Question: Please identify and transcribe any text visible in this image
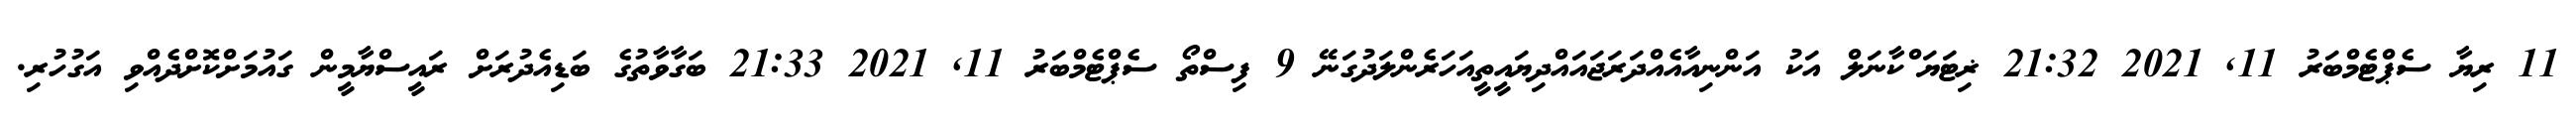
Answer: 11 ރިޔާ ސެޕްޓެމްބަރު 11, 2021 21:32 ޜިޓަޔަޱްކާނަލް އަކު އަންނިއާއެއްދަރަޖައައްދިޔައީތީއަހަރެންލަދުގަނޭ 9 ފިސްތޯ ސެޕްޓެމްބަރު 11, 2021 21:33 ބަގާވާތުގެ ބަޑިއެދުރަށް ރައީސްޔާމީން ގައުމަށްކޮށްދެއްވި އަގުހުރި.